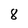
Character: 8